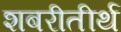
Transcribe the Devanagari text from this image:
शबरीतीर्थ